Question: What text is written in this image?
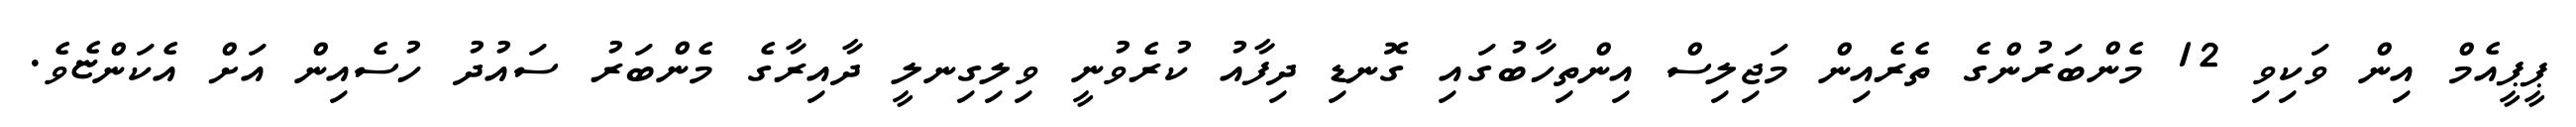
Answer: ޕީޕީއެމް އިން ވަކިވި 12 މެންބަރުންގެ ތެރެއިން މަޖިލިސް އިންތިހާބުގައި ގޮނޑި ދިފާއު ކުރެވުނީ ވިލިގިނލީ ދާއިރާގެ މެންބަރު ސައުދު ހުސެއިން އަށް އެކަންޏެވެ.